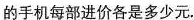
的手机每部进价各是多少元.